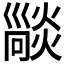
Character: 𤏕